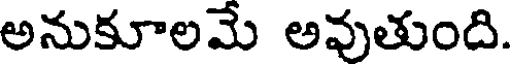
అనుకూలమే అవుతుంది.